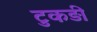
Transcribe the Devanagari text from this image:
टुकड़ी